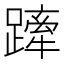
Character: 𨄢